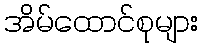
အိမ်ထောင်စုများ